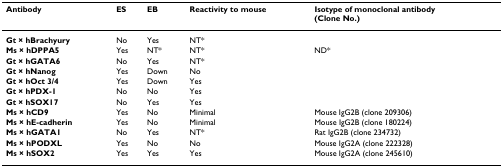
<table><thead><tr><td><b>Antibody</b></td><td><b>ES</b></td><td><b>EB</b></td><td><b>Reactivity to mouse</b></td><td><b>Isotype of monoclonal antibody (Clone No.)</b></td></tr></thead><tbody><tr><td><b>Gt × hBrachyury</b></td><td>No</td><td>Yes</td><td>NT*</td><td></td></tr><tr><td><b>Ms × hDPPA5</b></td><td>Yes</td><td>NT*</td><td>NT*</td><td>ND*</td></tr><tr><td><b>Gt × hGATA6</b></td><td>No</td><td>Yes</td><td>NT*</td><td></td></tr><tr><td><b>Gt × hNanog</b></td><td>Yes</td><td>Down</td><td>No</td><td></td></tr><tr><td><b>Gt × hOct 3/4</b></td><td>Yes</td><td>Down</td><td>Yes</td><td></td></tr><tr><td><b>Gt × hPDX-1</b></td><td>No</td><td>No</td><td>Yes</td><td></td></tr><tr><td><b>Gt × hSOX17</b></td><td>No</td><td>Yes</td><td>Yes</td><td></td></tr><tr><td><b>Ms × hCD9</b></td><td>Yes</td><td>No</td><td>Minimal</td><td>Mouse IgG2B (clone 209306)</td></tr><tr><td><b>Ms × hE-cadherin</b></td><td>Yes</td><td>No</td><td>Minimal</td><td>Mouse IgG2B (clone 180224)</td></tr><tr><td><b>Ms × hGATA1</b></td><td>No</td><td>Yes</td><td>NT*</td><td>Rat IgG2B (clone 234732)</td></tr><tr><td><b>Ms × hPODXL</b></td><td>Yes</td><td>No</td><td>No</td><td>Mouse IgG2A (clone 222328)</td></tr><tr><td><b>Ms × hSOX2</b></td><td>Yes</td><td>Yes</td><td>Yes</td><td>Mouse IgG2A (clone 245610)</td></tr></tbody></table>